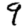
Digit: 9